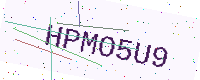
Text: HPMO5U9